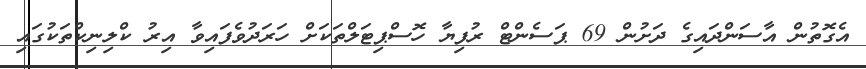
އެގޮތުން އާސަންދައިގެ ދަށުން 69 ޕަސެންޓް ރުފިޔާ ހޮސްޕިޓަލްތަކަށް ހަރަދުވެފައިވާ އިރު ކްލިނިކްތަކުގައި